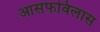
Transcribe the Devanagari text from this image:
आसफविलास